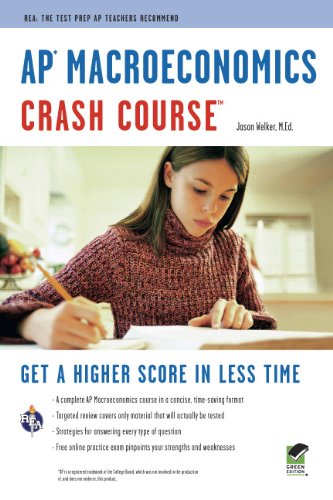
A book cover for APÂ® Macroeconomics Crash Course Book + Online (Advanced Placement (AP) Crash Course); Jason Welker B.A.  M.Ed.; Test Preparation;